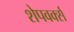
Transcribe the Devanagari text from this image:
शेपवर्क्स